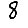
Digit: 8